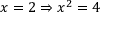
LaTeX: x = 2 \Rightarrow x ^ { 2 } = 4